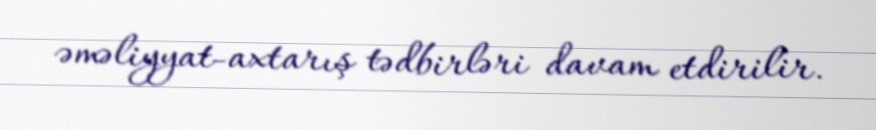
əməliyyat-axtarış tədbirləri davam etdirilir.